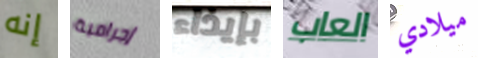
إنه إجرامية بإيذاء العاب ميلادي